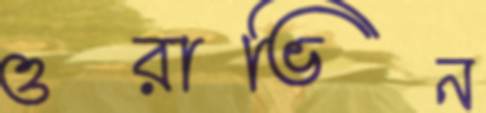
ওরাভিন